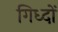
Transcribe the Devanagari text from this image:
गिध्दों